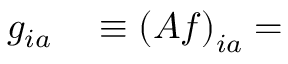
\begin{array} { r l } { g _ { i a } } & { { } \equiv \left( A f \right) _ { i a } = } \end{array}